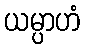
ယမ္ပာဟံ